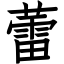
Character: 蕾